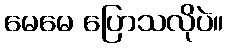
မေမေ ပြောသလိုပဲ။